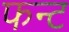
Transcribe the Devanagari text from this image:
फन्ट